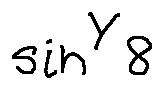
\sin ^ { Y } 8